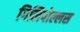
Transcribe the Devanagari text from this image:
गिलिपोल्लस